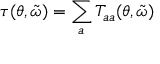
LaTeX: \tau ( \theta , \tilde { \omega } ) = \sum _ { a } T _ { a a } ( \theta , \tilde { \omega } )